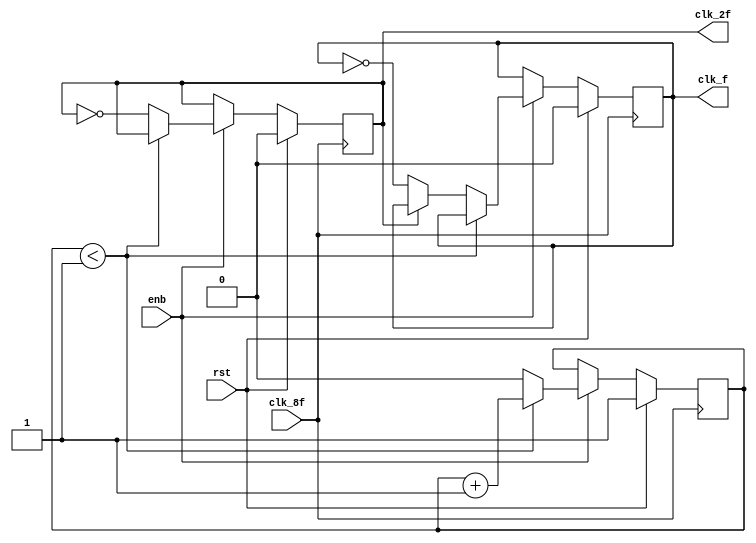
 /**
	*Universidad de Costa Rica - Escuela de Ingenieria Electrica
	*Proyecto #1 - IE-0523 - modulo generador de reloj.
	*@author Moises Campos Z.
	*@date   15/05/2019
	*@brief  Descripcion conductual del byte unstripping
**/ 


`timescale 1ns/1ps

module gen_clk(
				input			clk_8f,
				input			rst,
				input			enb,
				output reg		clk_2f,
				output reg		clk_f	 );

	// counter de clk_2f y clk_f
    reg counter;

    always@(posedge clk_8f) begin
        
        if(rst) begin
            counter <= 1;
            clk_2f <= 1'b0;
            clk_f <= 1'b0;
        end

        else begin
            if(enb) begin
                if (counter < 1) begin
                    counter <= counter + 'b1;  // counter de clk_2f y clk_f
                end
                else begin
                    counter <= 'b0;                         //resetear counter
                    clk_2f <= ~clk_2f;                      //clk_2f cada 2 ciclos 
                    if(~clk_2f) clk_f <= ~clk_f;            //clk_f solo la mitad
                end
            end
        end
    end


endmodule